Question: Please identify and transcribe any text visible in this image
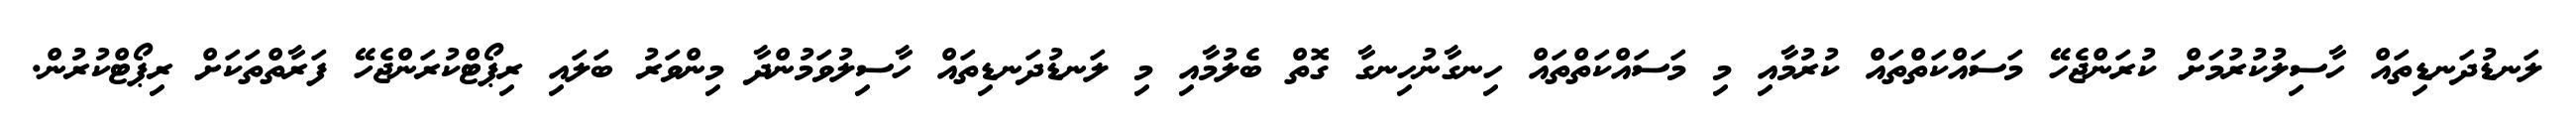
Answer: ލަނޑުދަނޑިތައް ހާސިލުކުރުމަށް ކުރަންޖެހޭ މަސައްކަތްތައް ކުރުމާއި މި މަސައްކަތްތައް ހިނގާނުހިނގާ ގޮތް ބެލުމާއި މި ލަނޑުދަނޑިތައް ހާސިލުވަމުންދާ މިންވަރު ބަލައި ރިޕޯޓްކުރަންޖެހޭ ފަރާތްތަކަށް ރިޕޯޓްކުރުން.